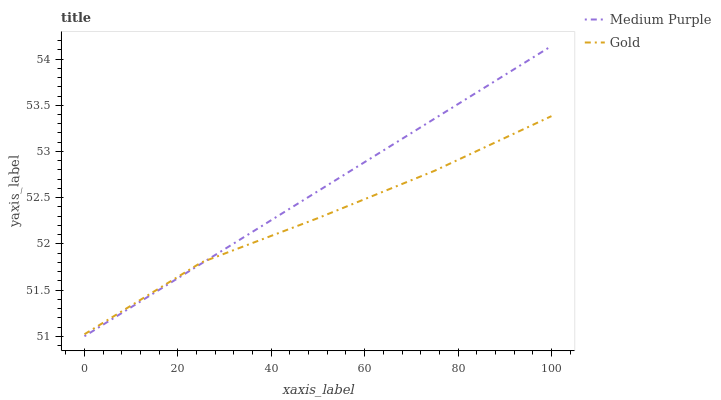
| xaxis_label | Medium Purple | Gold |
 | --- | --- | --- |
 | 0 | 51 | 51 |
 | 25 | 51.8 | 51.8 |
 | 50 | 52.6 | 52.3 |
 | 75 | 53.4 | 52.8 |
 | 100 | 54.1 | 53.4 |